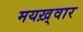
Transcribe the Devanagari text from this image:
मयख़्वार